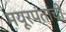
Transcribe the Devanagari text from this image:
मयूरपंतांची